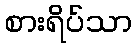
စားရိပ်သာ